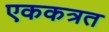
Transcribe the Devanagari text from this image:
एककत्रत